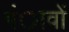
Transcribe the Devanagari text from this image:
गंावों